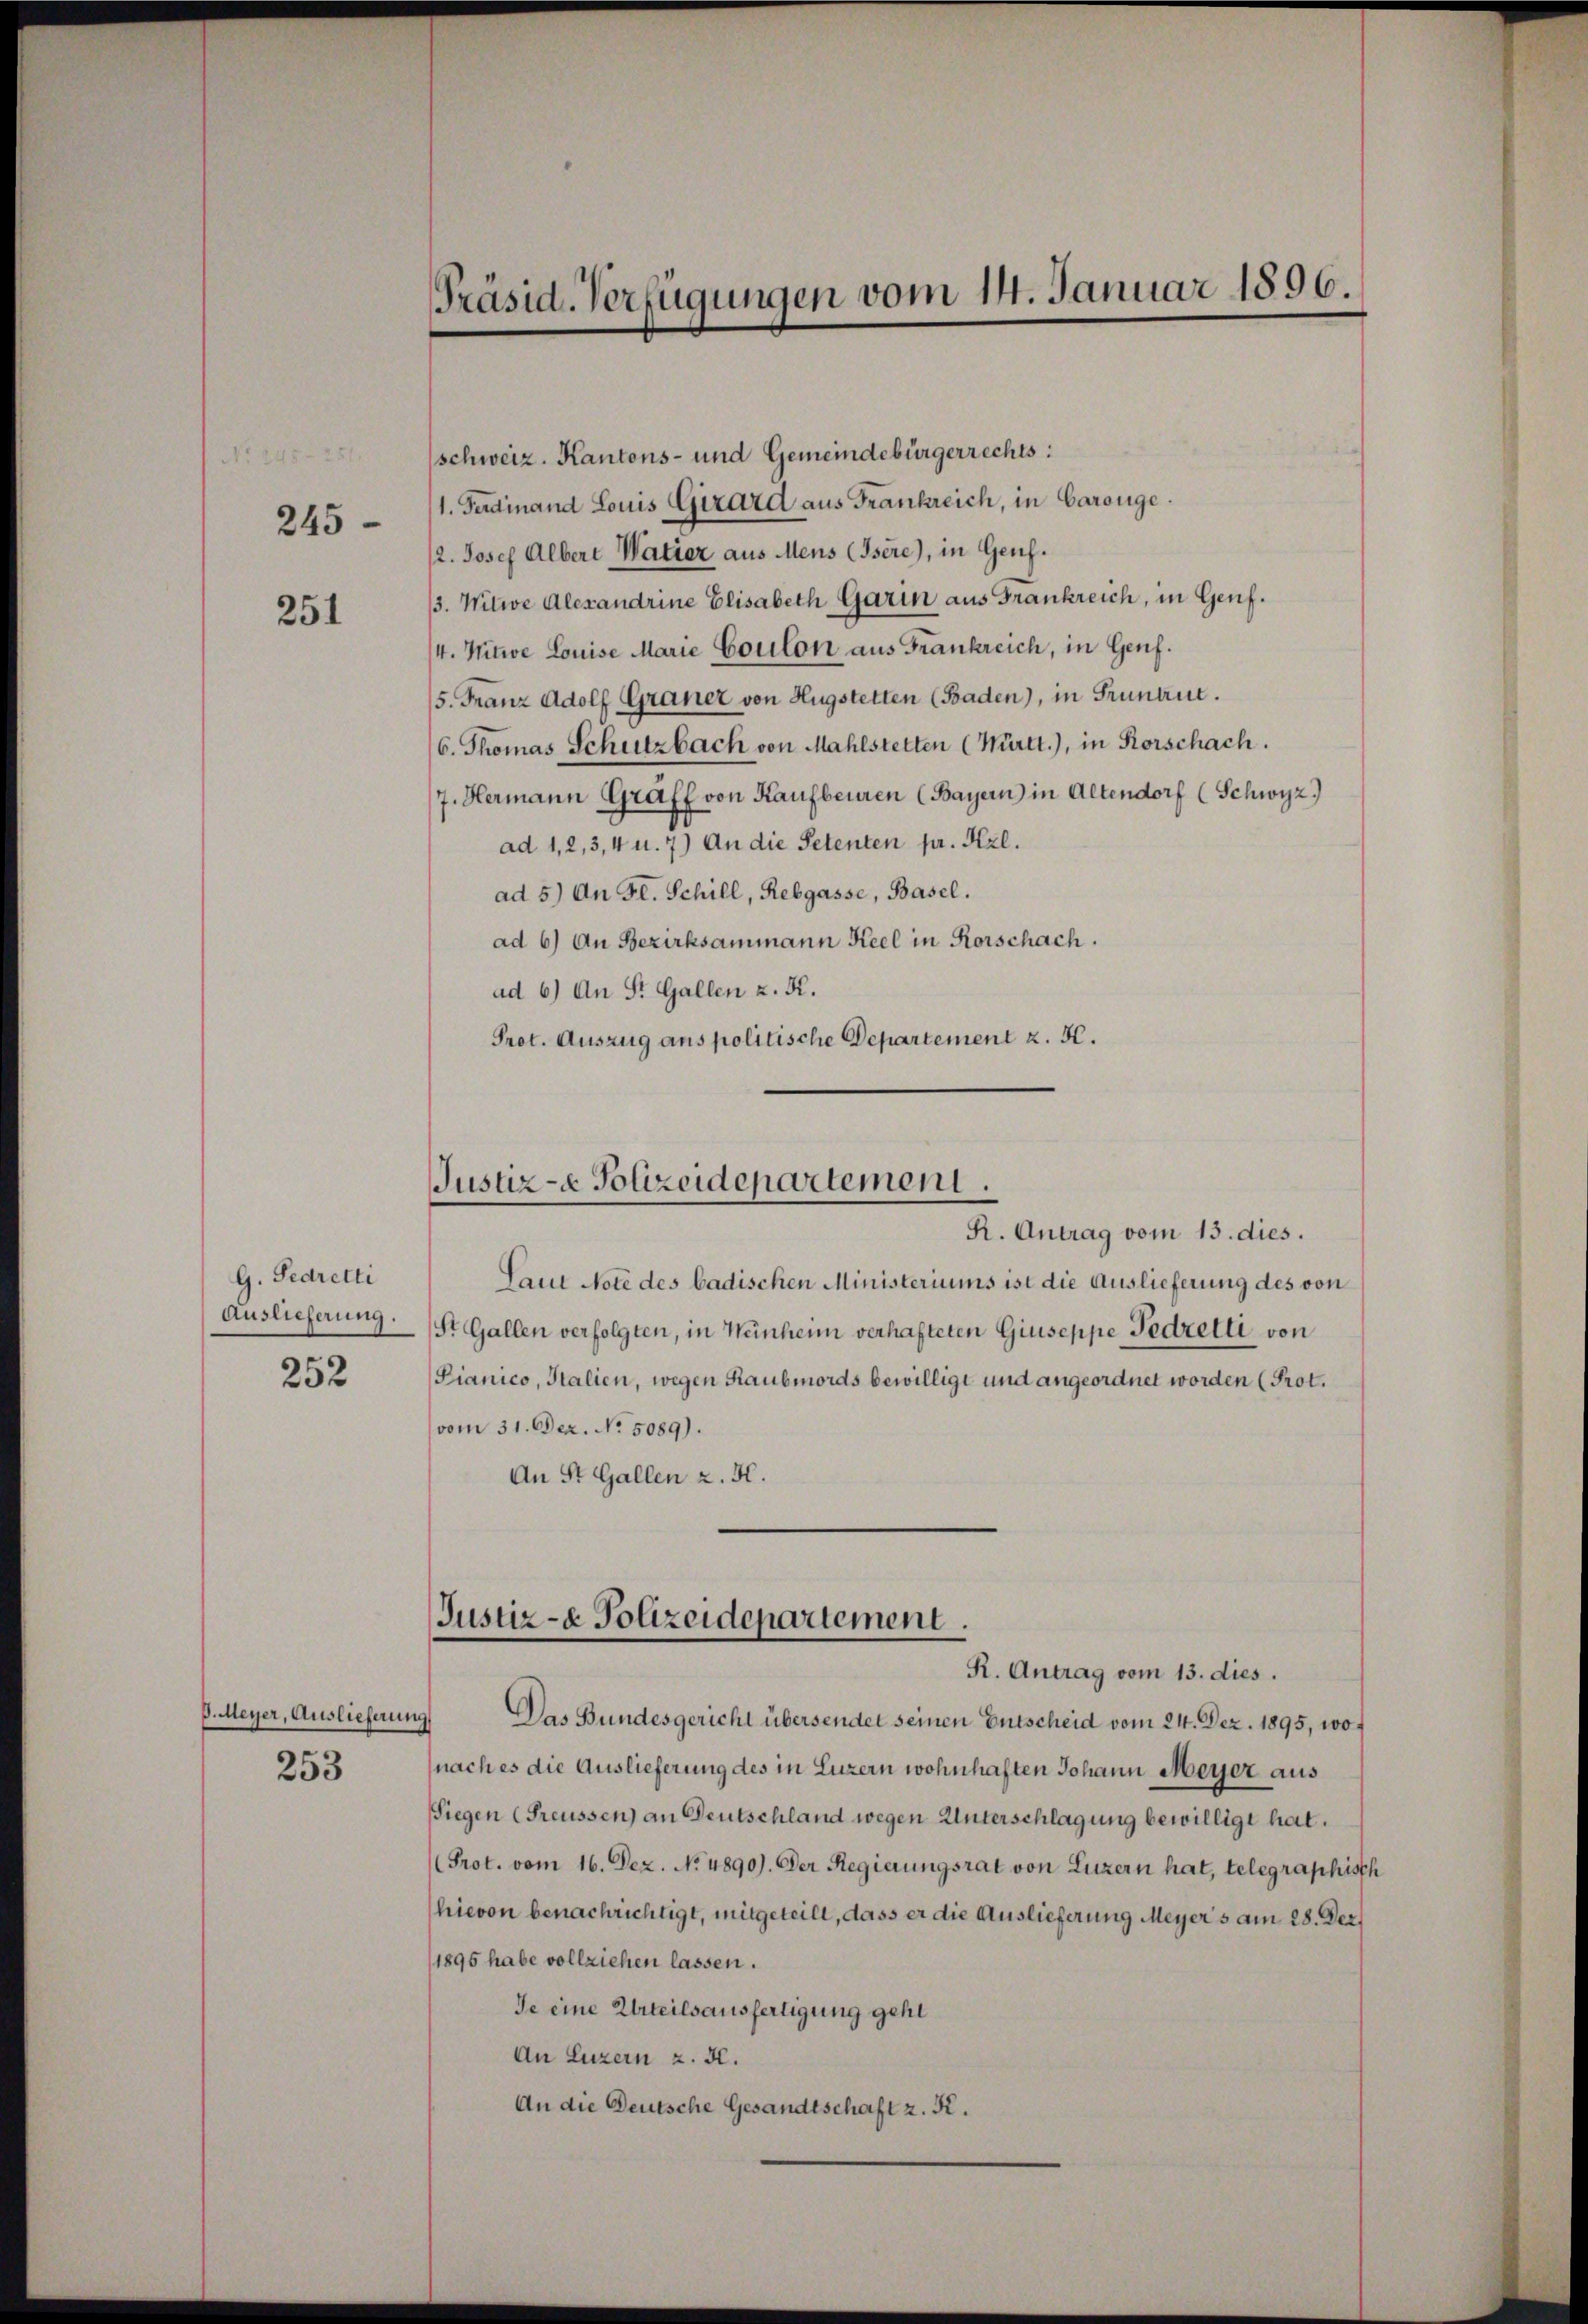
245.
251

251.

G. Sedretti
Auslieferung.

252

(schweiz. Kantons- und Gemeindebürgerrechts:
(1. Ferdinand Louis Girard aus Frankreich, in Carouge.
/2. Josef Albert Watier aus Mens (Isére), in Genf.
3. Witwe Alexandrine Elisabeth Garin aus Frankreich, in Genf.
/4. Mitwe Louise Marie Coulon aus Frankreich, in Genf.
15. Franz Adolf Graner von Hugstetten (Baden), in Grünau.
6. Thomas Schutzbach von Mahlstetten (Württ.), in Rorschach.
/7. Hermann Graff von Kaufbeuren (Bayern) in Altendorf (Schwyz)
ad 1, 2, 3, 4 u. 7) An die Petenten pr. Kzl.
ad 5.) An Fl. Schill, Rebgasse, Basel.
ad 6) An Bezirksammann Keel in Rorschach.
ad 6) An St. Gallen z. R.
Prot. Auszug aus politische Departement z. K.

ß. Meyer, Auslieferung
253

Präsid. Verfügungen vom 14. Januar 1896.

Justiz- & Polizeidepartemoni.
R. Antrag vom 13. dies.

Laut Note des badischen Ministeriums ist die Auslieferung des von
St. Gallen verfolgten, in Wünherin verhafteten Giuseppe Fedretti, von
Pianico, Italien, wegen Raubmords bewilligt und angeordnet worden (Prot.
vom 31. Dez. No. 5089).
An St. Gallen z. H.

Justiz- & Polizeidepartement.
R. Antrag vom 13. dies.

Das Bundesgericht übersendet seinen Entscheid vom 24. Dez. 1895, wo¬
(nach es die Auslieferung des in Luzern wohnhaften Johann Meyer aus
Siegen (Freussen) an Deutschland wegen Unterschlagung bewilligt hat.
Prot. vom 16. Dez. No. 4890). Der Regierungsrat von Luzern hat, telegraphisch
hievon benachrichtigt, mitgeteilt, dass er die Auslieferung Meyers am 28. Dez.
1895 habe vollziehen lassen.
Je eine Urteilsausfertigung geht
An Luzern z. B.
An die Deutsche Gesandtschaft z. K.